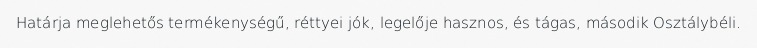
Határja meglehetős termékenységű, réttyei jók, legelője hasznos, és tágas, második Osztálybéli.